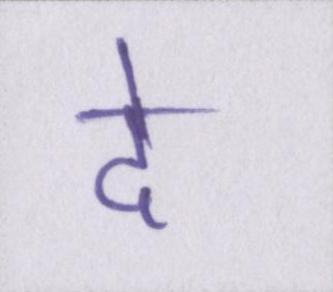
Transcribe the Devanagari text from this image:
दे